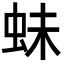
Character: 𧉿